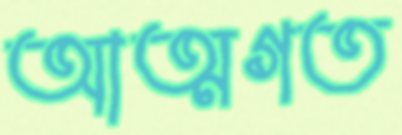
আত্মগত